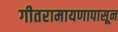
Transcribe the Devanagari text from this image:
गीतरामायणापासून